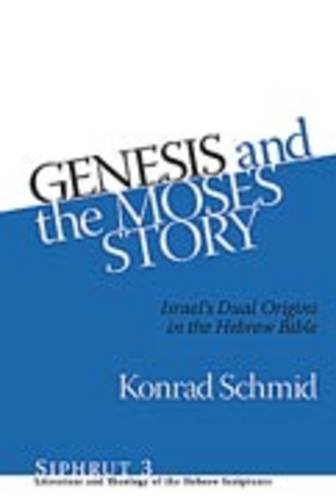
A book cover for Genesis and the Moses Story (Siphrut: Literature and Theology of the Hebrew Scriptures); Konrad Schmid; Christian Books & Bibles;